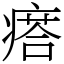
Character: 瘩